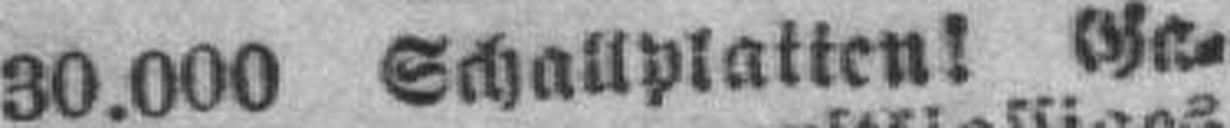
30.000 Schallplatten! Ga¬